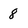
Character: 8